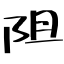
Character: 阻